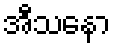
အီသနော